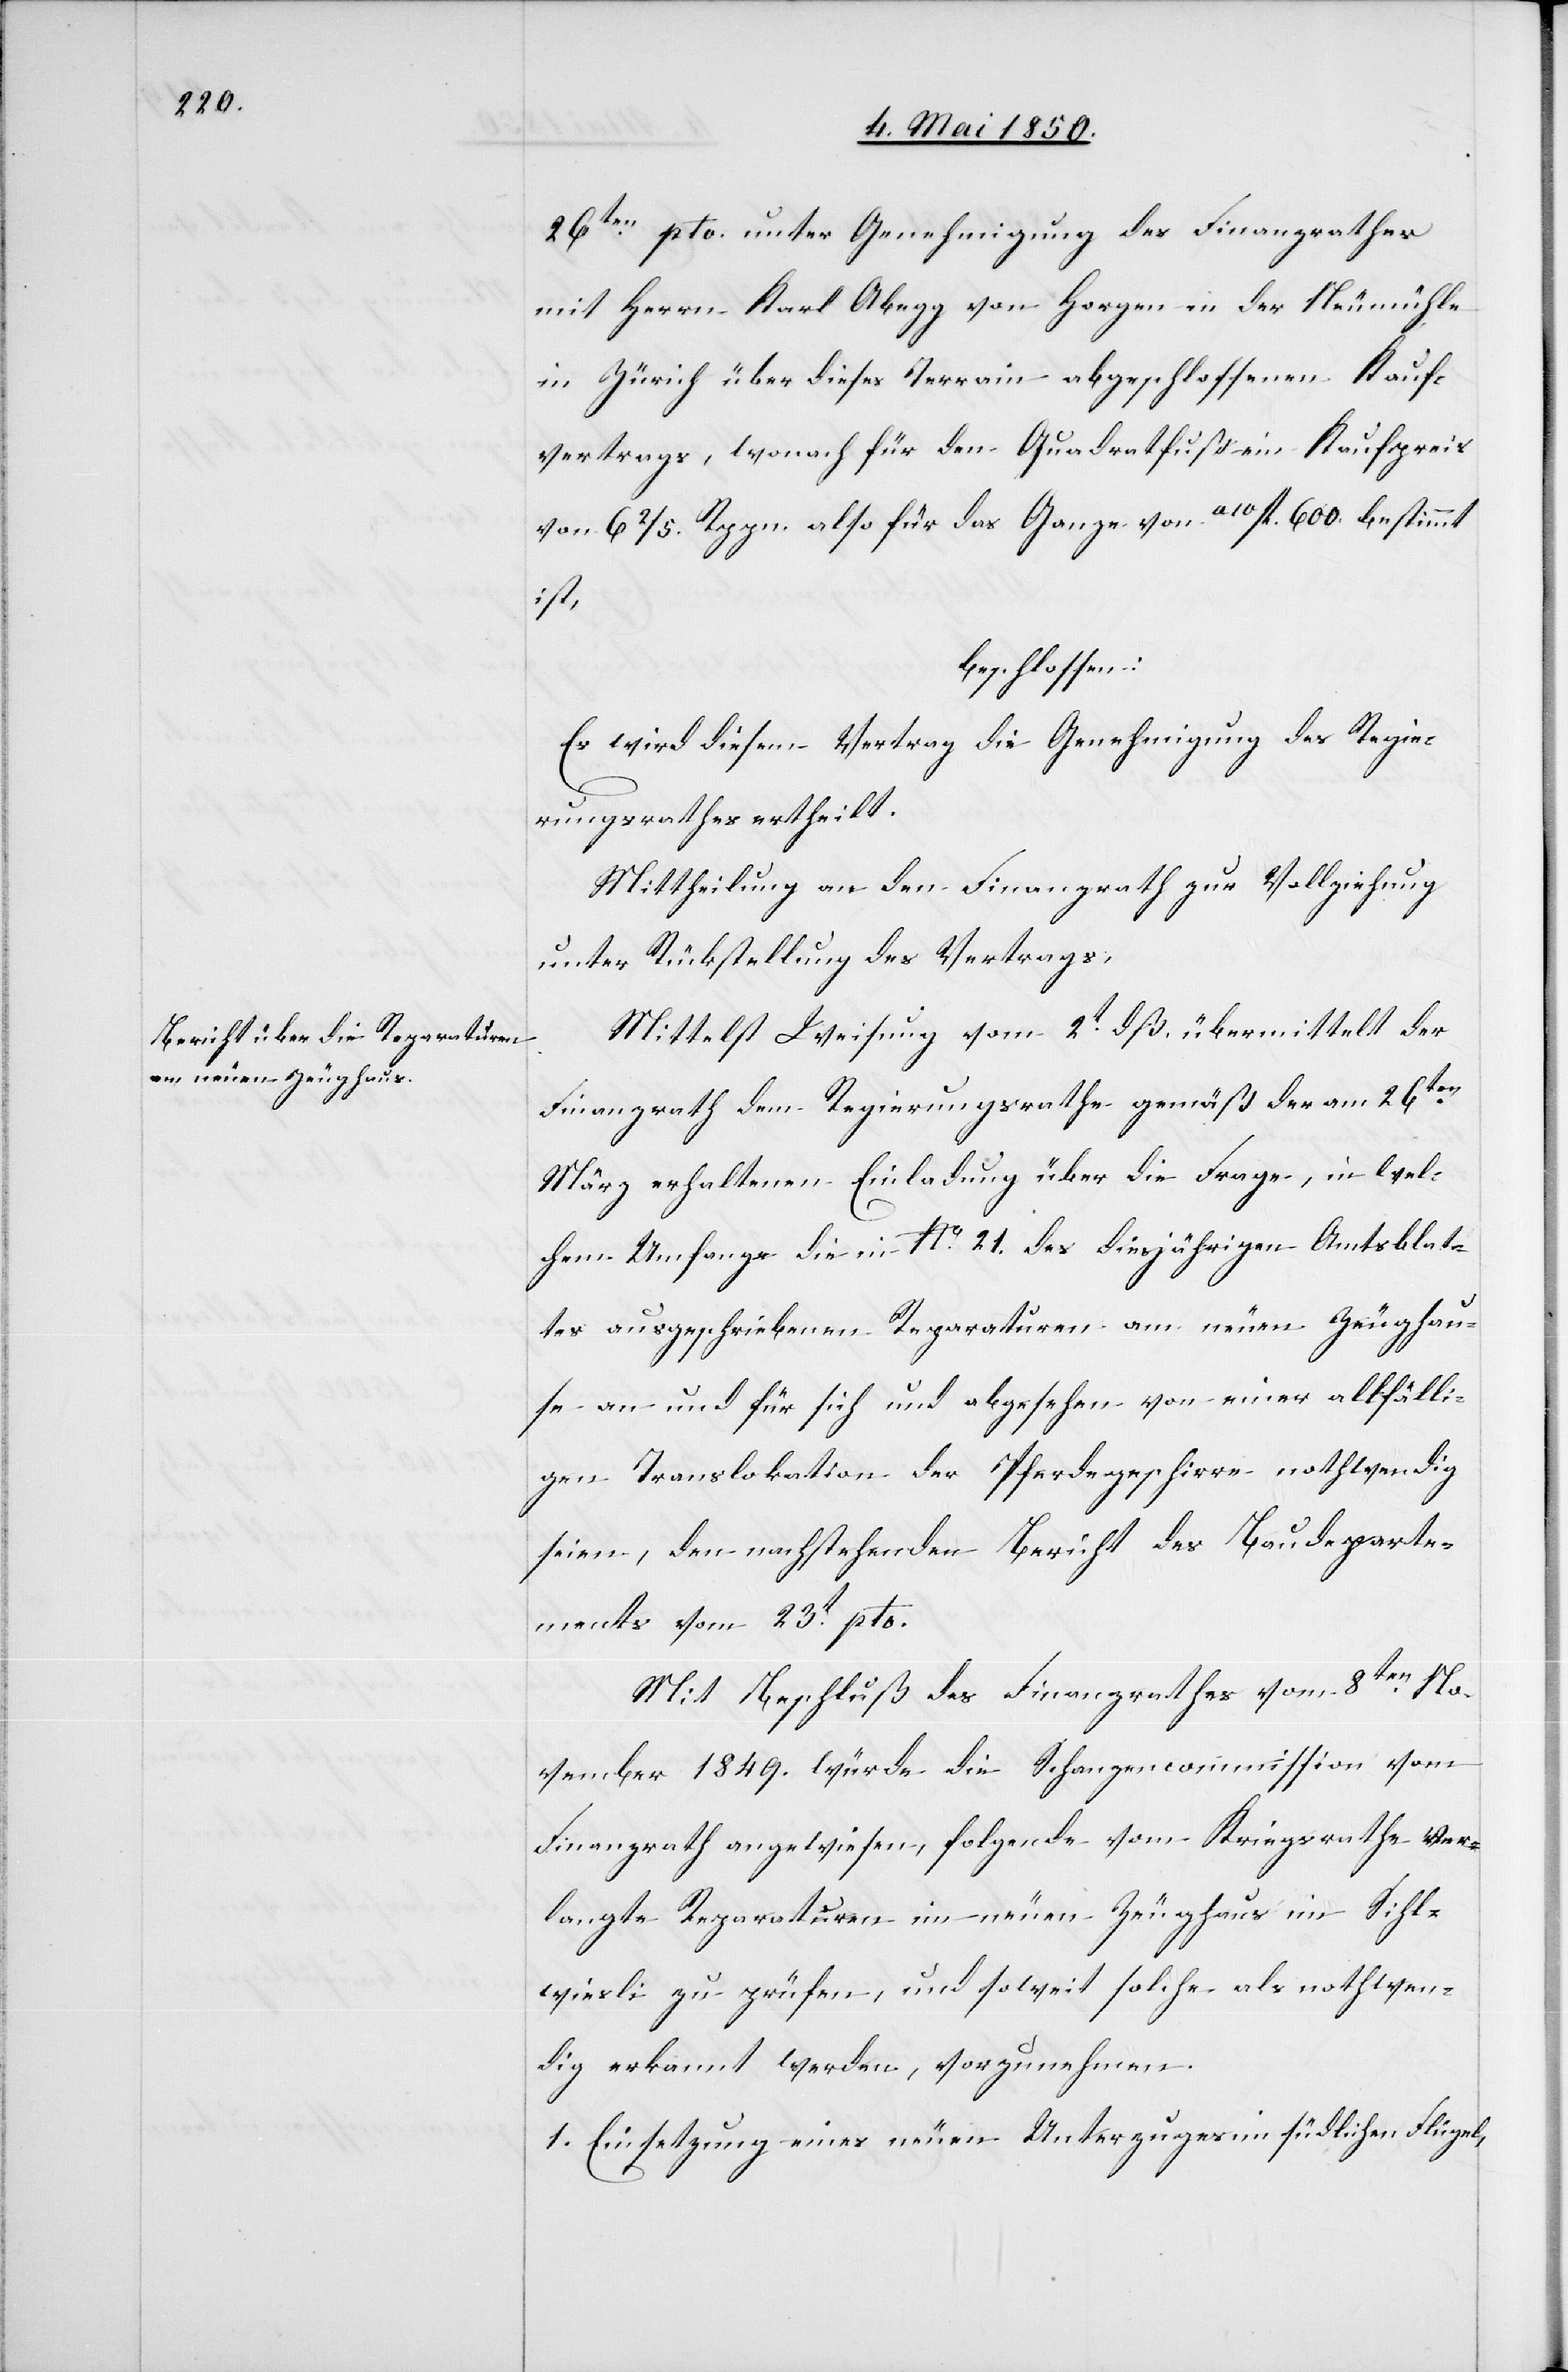
26ten pto. unter Genehmigung des Finanzrathes
mit Herrn Karl Abegg von Horgen in der Neumühle
in Zürich über dieses Terrain abgeschlossenen Kauf¬
vertrags, wonach für den Quadratfuß ein Kaufpreis
von 6 2/5. Rppn. also für das Ganze von a10 fl. 600. bestimmt
ist,
beschlossen:
Es wird diesem Vertrag die Genehmigung des Regie¬
rungsrathes ertheilt.
Mittheilung an den Finanzrath zur Vollziehung
unter Rückstellung des Vertrags,
Mittelst Weisung vom 2t dß. übermittelt der
Finanzrath dem Regierungsrathe gemäß der am 26ten
März erhaltenen Einladung über die Frage, in wel¬
chem Umfange die in No. 21. des diesjährigen Amtsblat¬
tes ausgeschriebenen Reparaturen am neuen Zeughau¬
se an und für sich und abgesehen von einer allfälli¬
gen Translokation der Pferdegeschirre nothwendig
seien, den nachstehenden Bericht des Baudeparte¬
ments vom 23t pto.
Mit Beschluß des Finanzrathes vom 8ten No¬
vember 1849. würde die Schanzencommission vom
Finanzrath angewiesen, folgende vom Kriegsrathe ver¬
langte Reparaturen im neuen Zeughaus im Sihl¬
wiesli zu prüfen, und soweit solche als nothwen¬
dig erkannt werden, vorzunehmen.
1. Einsetzung eines neuen Unterzuges im südlichen Flügel,